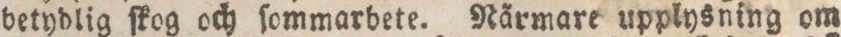
betydlig ſkog och ſommarbete. Närmare upplysning om